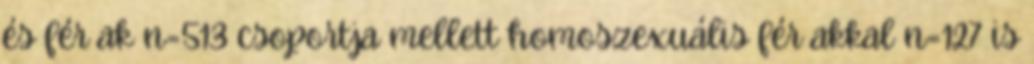
és férﬁak n=513 csoportja mellett homoszexuális férﬁakkal n=127 is